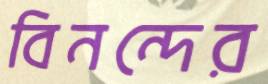
বিনন্দের